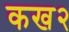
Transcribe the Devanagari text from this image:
कख२